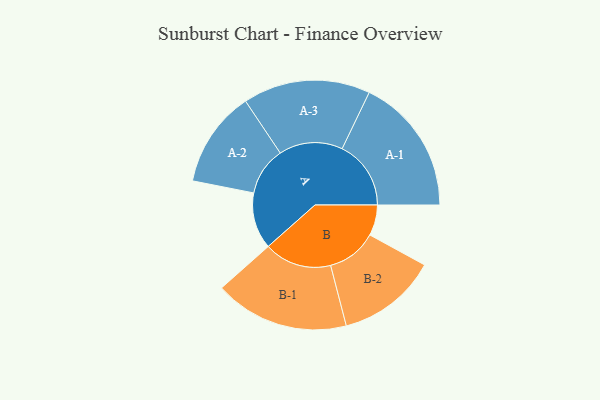
{"axis": {"x": "Segment", "y": "Value"}, "legend": ["", "A", "B"], "data": [{"x": "A", "y": 241, "type": ""}, {"x": "B", "y": 131, "type": ""}, {"x": "A-1", "y": 294, "type": "A"}, {"x": "A-2", "y": 206, "type": "A"}, {"x": "A-3", "y": 272, "type": "A"}, {"x": "B-1", "y": 288, "type": "B"}, {"x": "B-2", "y": 214, "type": "B"}]}